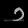
Digit: ၁